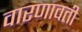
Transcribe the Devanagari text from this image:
वारणावती